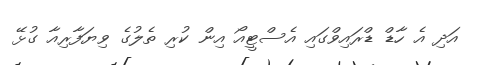
އަދި އެ ހާޑް ޑްރައިވްގައި އެސްޓީއޯ އިން ކުރި ތެލުގެ ވިޔަފާރިއާ ގުޅޭ